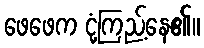
ဖေဖေက ငုံ့ကြည့်နေ၏။